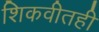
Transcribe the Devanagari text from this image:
शिकवीतही